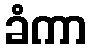
ခံကာ